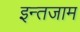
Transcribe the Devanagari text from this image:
इन्‍तजाम